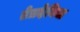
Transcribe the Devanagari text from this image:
तेत्रदेनिया